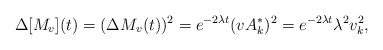
\begin{align*}\Delta[M_v](t)=(\Delta M_v(t))^2=e^{-2\lambda t}(vA^*_k)^2=e^{-2\lambda t}\lambda^2v_{k}^2,\end{align*}